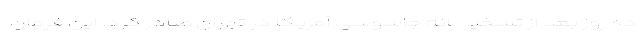
ده روز بعد از تسخیر لانه جاسوسی آمریکا در تهران صادر کرد. این فرمان